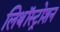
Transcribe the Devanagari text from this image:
लिथॉस्ट्रोशन